Source: Handwritten
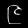
Digit: ၉ (9)